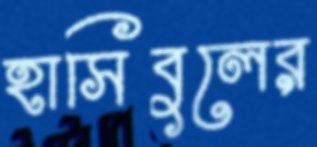
হাসিবুলের